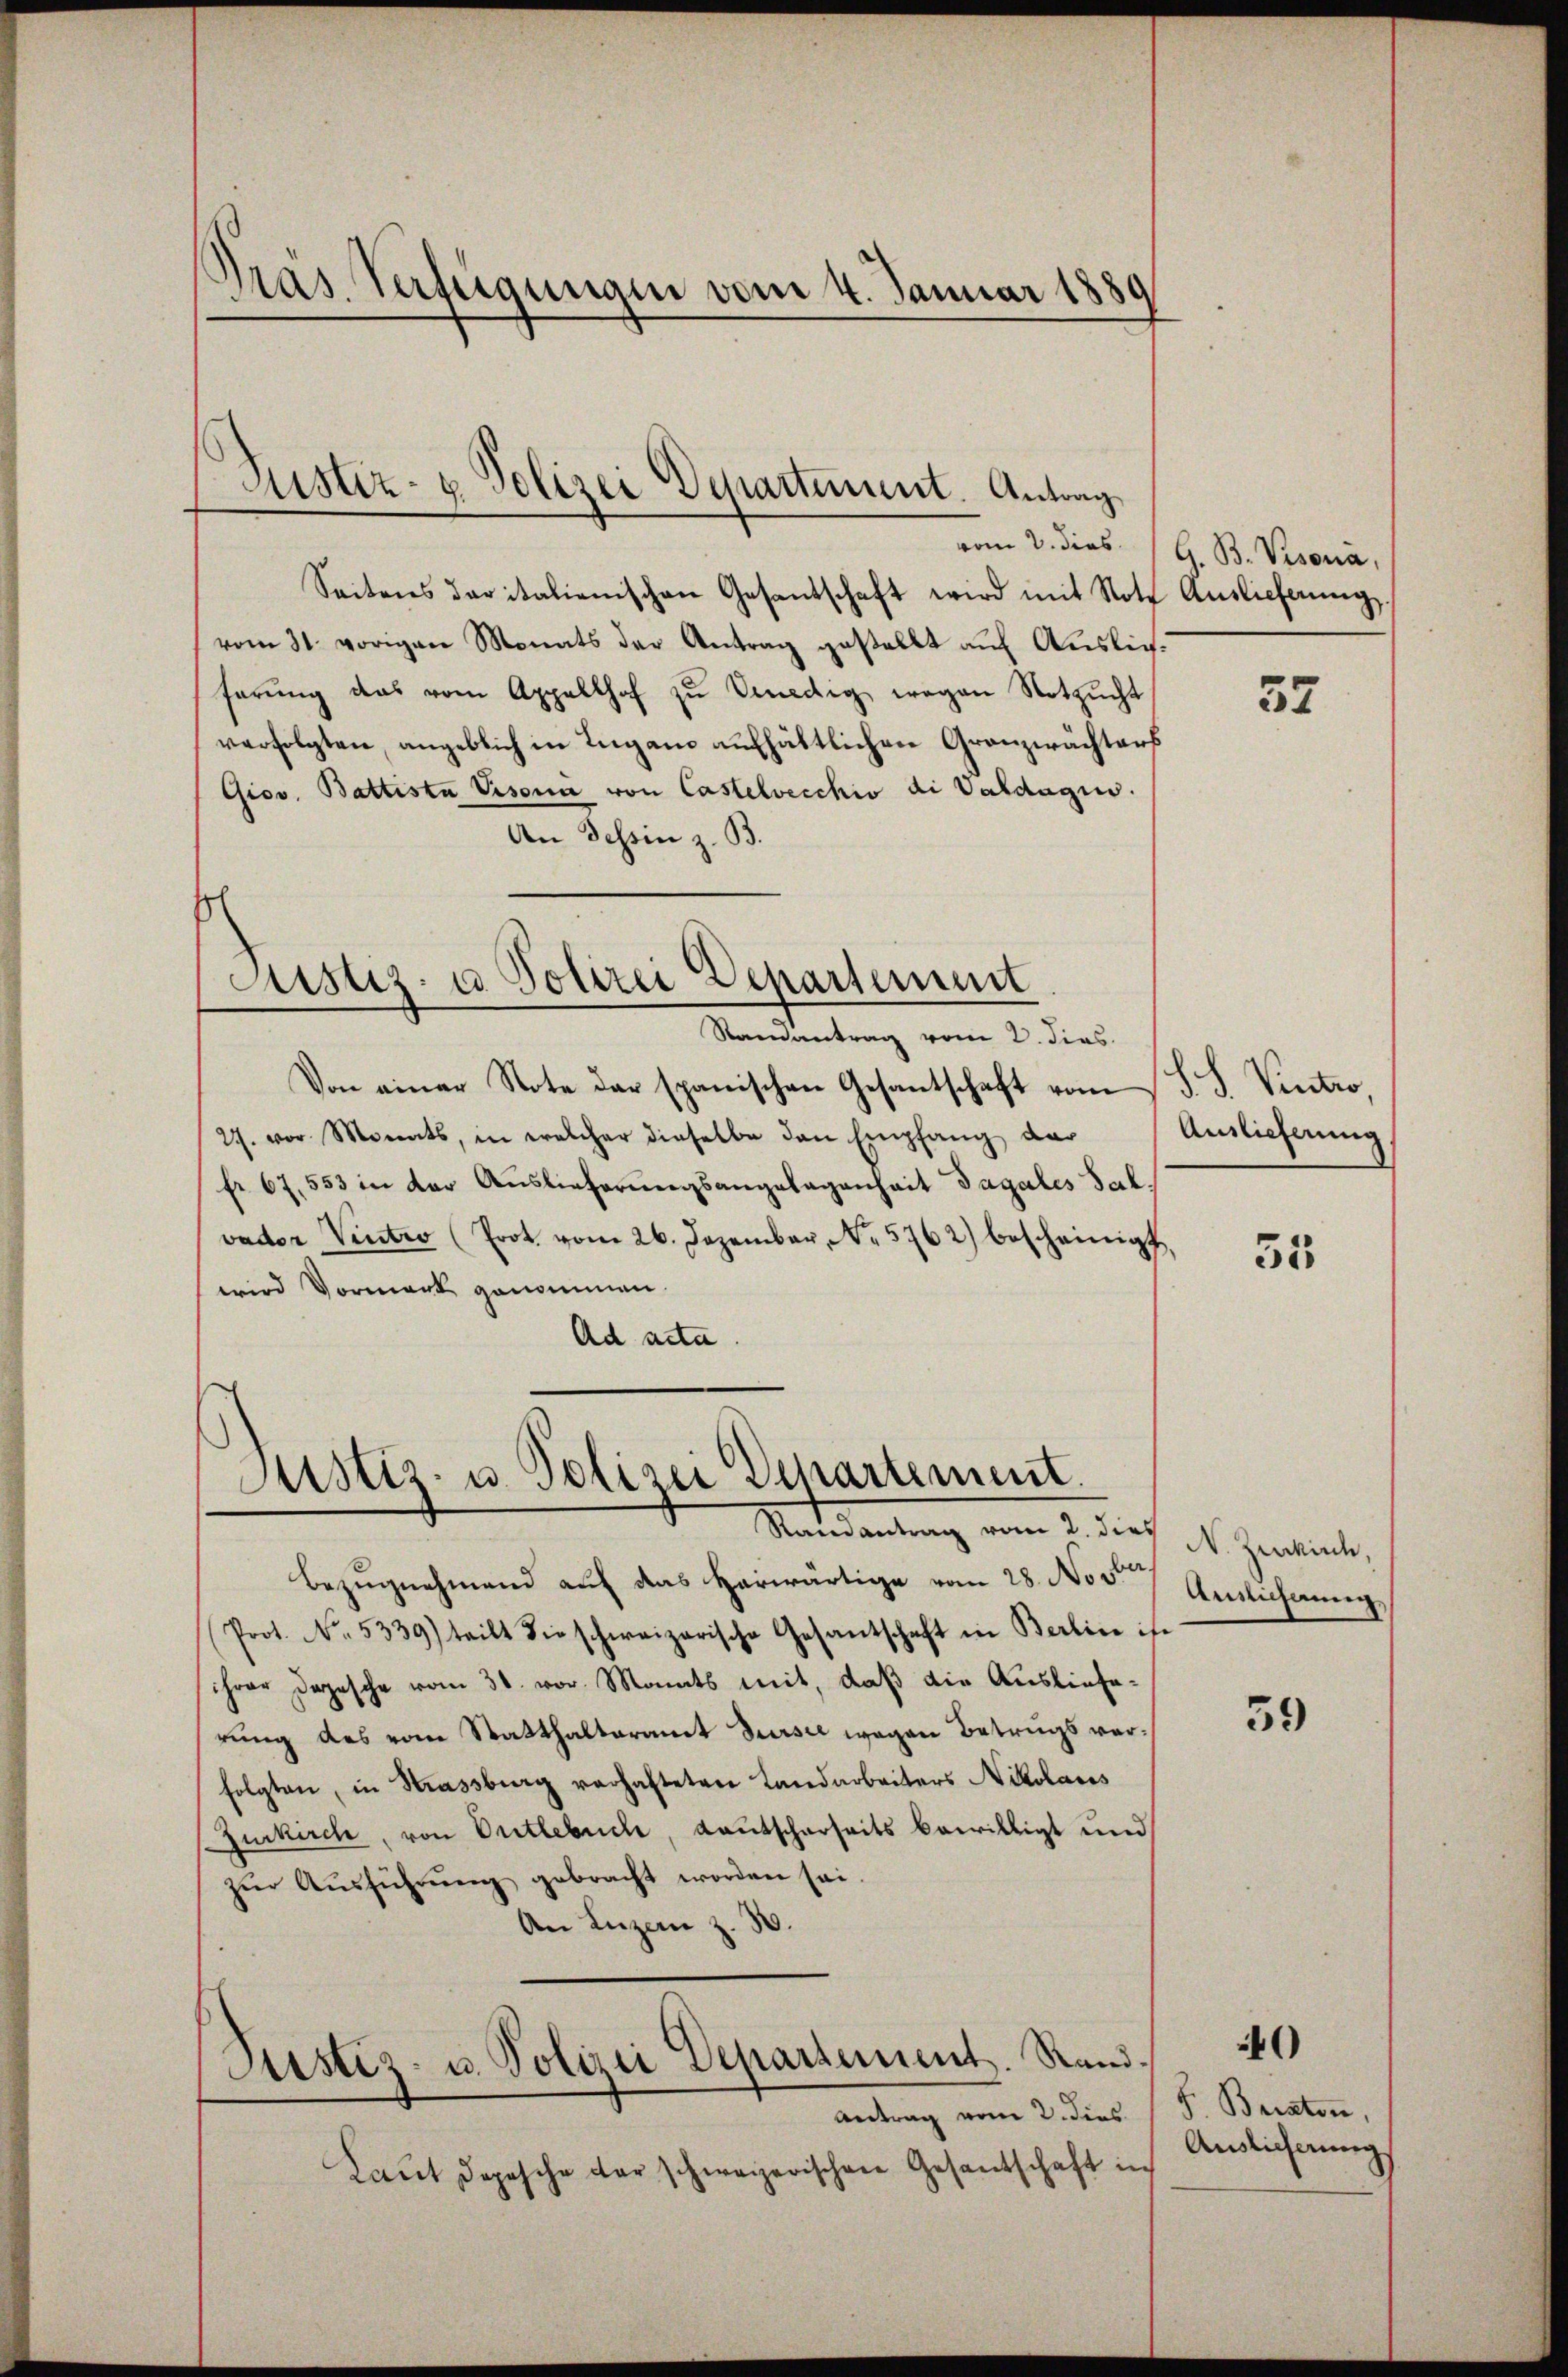
Pras. Verfügungen vom 4. Januar 1881

Justiz- & Polizei Departement. Antrag

Seitens daritalienischen Gesandschaft wird mit Note Auslieferŭng
vom 31. vorigen Monats der Antrag gestellt auf Auslieferŭng das vom Appellhof zŭ sendig wegen Notzŭcht
verfolgten, angeblich in Lugano aufhältlichen Granzwächters
Giov. Battista Visona von Castelvecchio di Valdagin.
An Tessin z. B.
s
Justiz- u. Polizei Departement
Samantrag vom 2. Fins
Von einer Note der spanischen Gesantschaft vom S. S. Vintro,
27. vor Monats, in welcher dieselbe den Empfang der Auslieferung
fr 67. 553 in der Auslieferungsangelegenheit Tagales Sal.
vader Vintro (Prot. vom 26. Dezember, N. 5762) bescheinigt,
wird Vormerk genommen.
Ad acta

Justiz- u. Polizei Departement.
Randantrag vom 2. dies

Laut Depesche der schweizerischen Gesantschaft in

Justiz- u. Polizei Departement. Rand.
Antrag vom 2. dies

Bezŭgnehmend auf das Herwärtige vom 28. No 5te
Prot. No. 5339) teilt Fieschweizerische Gesantschaft in Berlin ist
ihrer Depesche vom 30. vor. Mants mit, daß die Auslieferung des vom Statthalteramt Sursee wegen Betrugs verfolgten, in Strassburg verhafteten Landarbeiters Nikolaces
Zurkirch, von Entlebuch, Kautscharseits bewilligt und
zŭr Aŭsführŭng gebracht worden sei.
An Luzern z. 30.

vom 2. dies G. B. Visona,

37

35

N.Zukirch,
Ansicherung

39

0

F. Beraten,
Auslicherung